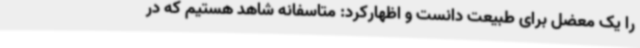
را یک معضل برای طبیعت دانست و اظهارکرد: متاسفانه شاهد هستیم که در